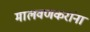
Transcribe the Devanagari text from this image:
मालवणकरांना